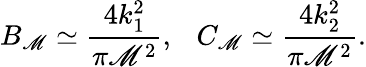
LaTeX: B_{\mathscr{M}}\simeq\frac{{4k_{1}^{2}}}{{\pi\mathscr{M}^{2}}},\ \ \ C_{\mathscr{M}}\simeq\frac{{4k_{2}^{2}}}{{\pi\mathscr{M}^{2}}}.